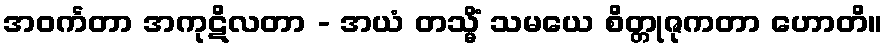
အဝင်္ကတာ အကုဋိလတာ - အယံ တသ္မိံ သမယေ စိတ္တုဇုကတာ ဟောတိ။